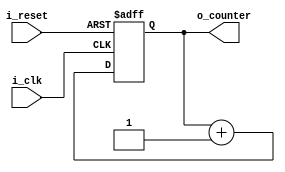
`timescale 1ns / 1ps

module CounterFND(
    input i_clk,
    input i_reset,
    
    output [2:0] o_counter
    );

    reg [2:0] r_counter = 0;
    
    assign o_counter = r_counter;

    always @(posedge i_clk or posedge i_reset) begin
        if(i_reset)begin
            r_counter <= 0;
        end
        else begin
            r_counter <= r_counter + 1;
        end
    end
endmodule